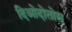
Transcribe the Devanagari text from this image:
दिओदोतोस